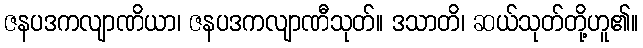
ဇနပဒကလျာဏိယာ၊ ဇနပဒကလျာဏီသုတ်။ ဒသာတိ၊ ဆယ်သုတ်တို့ဟူ၏။